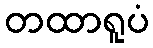
တထာရူပံ